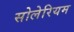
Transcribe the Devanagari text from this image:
सोलेरियम